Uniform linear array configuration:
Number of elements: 24
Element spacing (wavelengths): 0.5
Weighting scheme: uniform
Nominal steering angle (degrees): -30
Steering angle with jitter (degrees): -30.025
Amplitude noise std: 0.05
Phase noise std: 0.05

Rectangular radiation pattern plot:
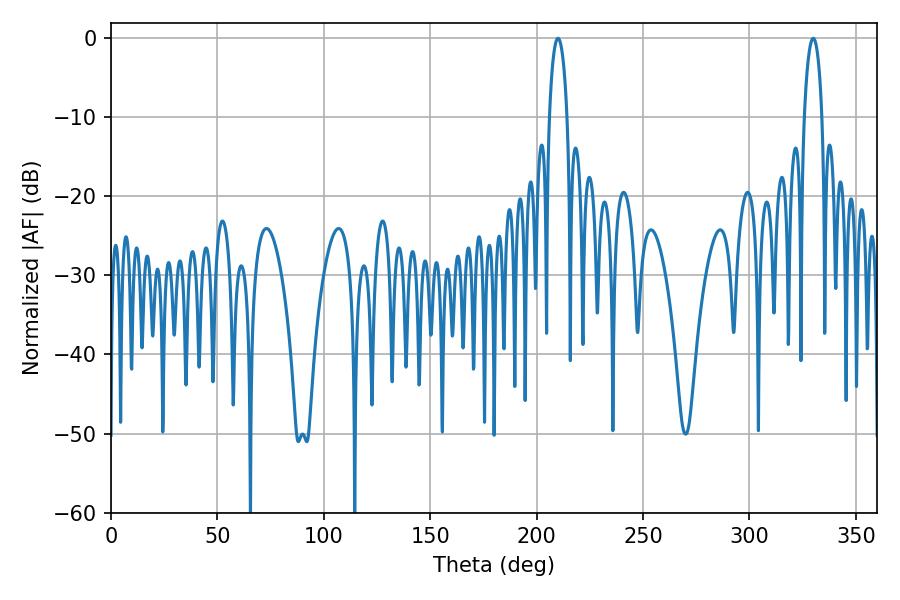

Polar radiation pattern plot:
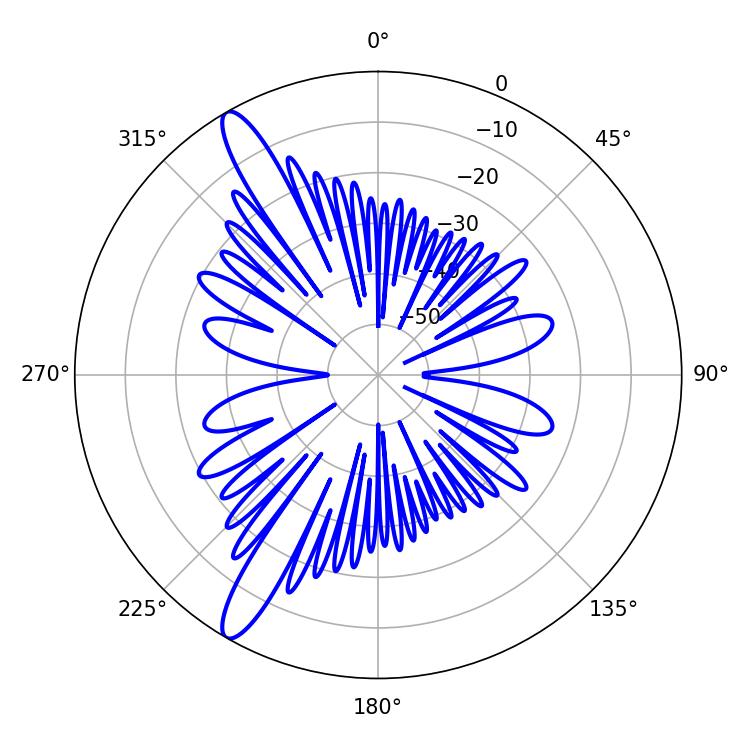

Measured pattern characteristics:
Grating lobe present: FALSE
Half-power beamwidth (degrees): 4.68
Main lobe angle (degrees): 329.94